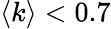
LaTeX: \langle k\rangle<0.7